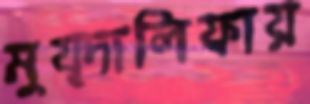
মুয্দালিফায়